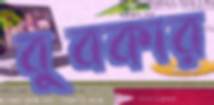
বুবকার